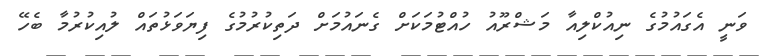
ވަނީ އެގައުމުގެ ނިއުކްލިއާ މަޝްރޫއު ހުއްޓުމަކަށް ގެނައުމަށް ދަތިކުރުމުގެ ފިޔަވަޅުތައް ލުއިކުރުމާ ބެހޭ